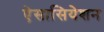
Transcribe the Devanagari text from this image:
ऐसासियेशन